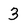
Character: 3